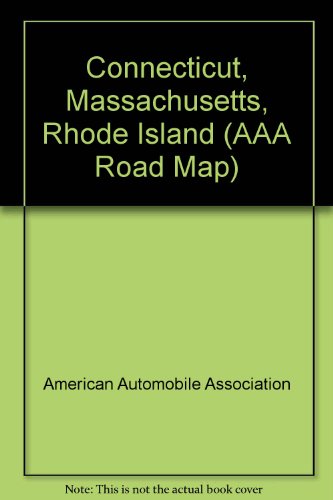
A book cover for Connecticut, Massachusetts, Rhode Island (AAA Road Map); American Automobile Association; Travel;